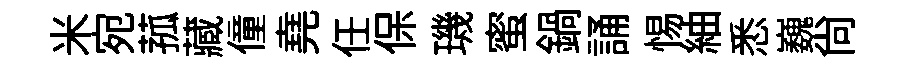
米宛菰藏僮堯任保璣蜜鍋誦惕紬悉巍尙